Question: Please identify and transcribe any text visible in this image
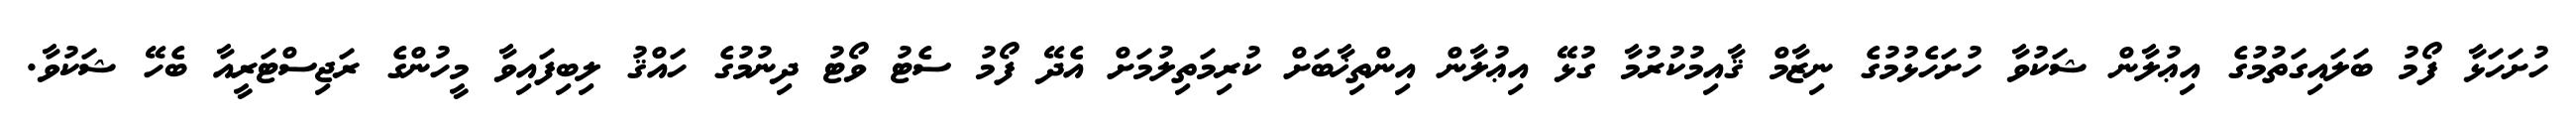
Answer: ހުށަހަޅާ ފޯމު ބަލައިގަތުމުގެ އިޢުލާން ޝަކުވާ ހުށަހެޅުމުގެ ނިޒާމް ޤާއިމުކުރުމާ ގުޅޭ އިޢުލާން އިންތިޚާބަށް ކުރިމަތިލުމަށް އެދޭ ފޯމު ސެޓު ވޯޓު ދިނުމުގެ ހައްޤު ލިބިފައިވާ މީހުންގެ ރަޖިސްޓަރީއާ ބެހޭ ޝަކުވާ.